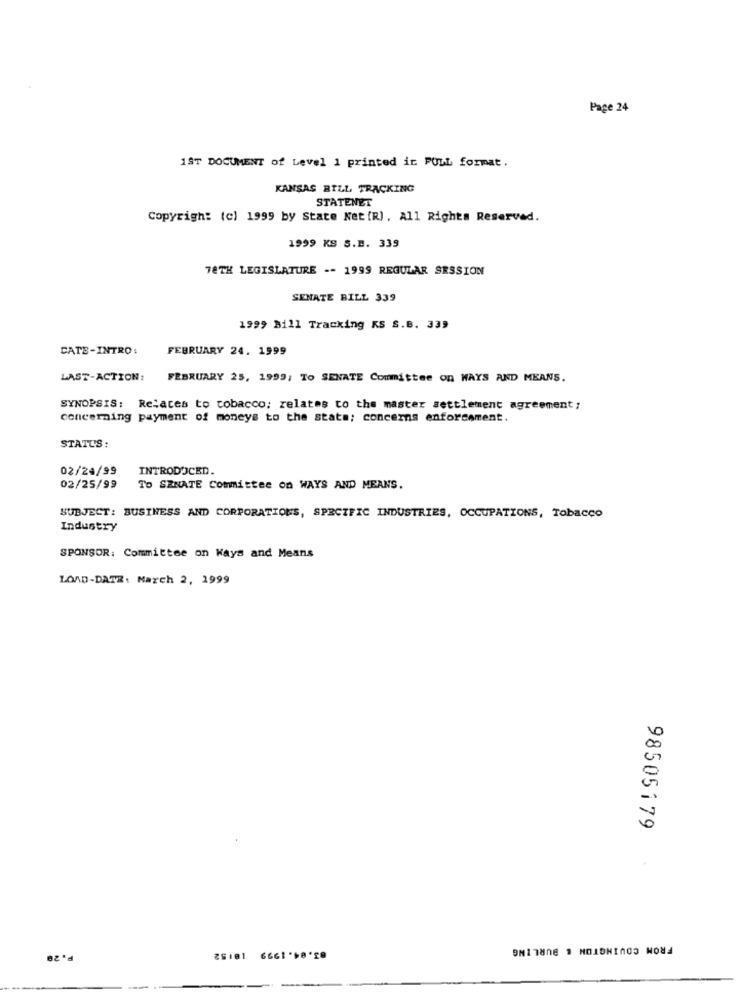
Page 24
1ST DOCUMENT of Level 1 printed in FULL format.
KANSAS BILL TRACKING
STATENET
Copyright (c) 1999 by State Net (R), All Rights Reserved.
1999 KS S.E. 339
78TH LEGISLATURE -- 1999 REGULAR SESSION
SENATE BILL 339
1999 Bill Tracking KS S.B. 339
CATE-INTRO:
FEBRUARY 24. 1999
LAST-ACTION:
FEBRUARY 25, 1999; TO SENATE Committee On WAYS AND MEANS.
SYNOPSIS: Relates to tobacco; relates to the master settlement agreement;
concerning payment of moneys to the stats; concerns enforcement.
STATUS :
02/24/99
INTRODUCED.
02/25/99
TO SENATE Committee on WAYS AND MEANS.
SUBJECT: BUSINESS AND CORPORATIONS, SPECIFIC INDUSTRIES, OCCUPATIONS, Tobacco
Industry
SPONSOR: Committee on Kays and Means
LOAD-DATE: March 2, 1999
98505179
FROM COVINGTON & BURLING
P.20
25101 6661 .58'28